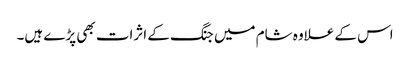
اس کے علاوہ شام میں جنگ کے اثرات بھی پڑے ہیں۔